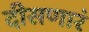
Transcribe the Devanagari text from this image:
दीसणारं